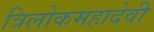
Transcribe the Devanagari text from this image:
त्रिलोकमहादेवी